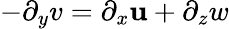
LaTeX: -\partial_{y}v=\partial_{x}\mathbf{u}+\partial_{z}w